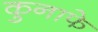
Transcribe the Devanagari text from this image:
कुनाफे